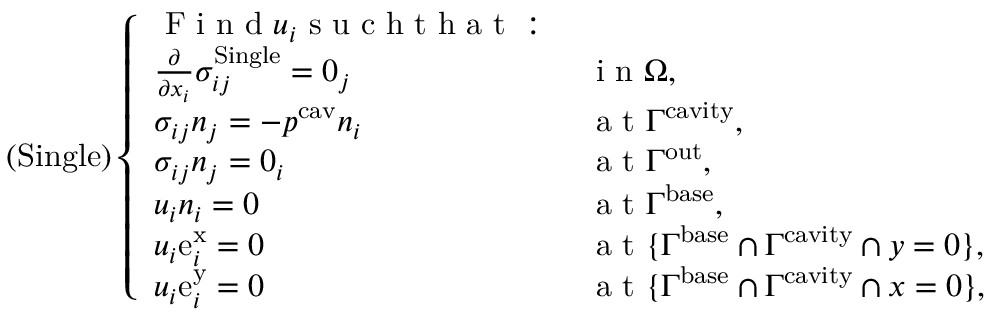
\left( \mathrm { S i n g l e } \right) \left\{ \begin{array} { l l } { \mathrm { ~ F ~ i ~ n ~ d ~ } u _ { i } \mathrm { ~ s ~ u ~ c ~ h ~ t ~ h ~ a ~ t ~ : ~ } } & { } \\ { \frac { \partial } { \partial x _ { i } } \sigma _ { i j } ^ { \mathrm { S i n g l e } } = 0 _ { j } } & { \mathrm { ~ i ~ n ~ } \Omega , } \\ { \sigma _ { i j } n _ { j } = - p ^ { \mathrm { c a v } } n _ { i } } & { \mathrm { ~ a ~ t ~ } \Gamma ^ { \mathrm { c a v i t y } } , } \\ { \sigma _ { i j } n _ { j } = 0 _ { i } } & { \mathrm { ~ a ~ t ~ } \Gamma ^ { \mathrm { o u t } } , } \\ { u _ { i } n _ { i } = 0 } & { \mathrm { ~ a ~ t ~ } \Gamma ^ { \mathrm { b a s e } } , } \\ { u _ { i } \mathrm { e } _ { i } ^ { \mathrm { x } } = 0 } & { \mathrm { ~ a ~ t ~ } \{ \Gamma ^ { \mathrm { b a s e } } \cap \Gamma ^ { \mathrm { c a v i t y } } \cap y = 0 \} , } \\ { u _ { i } \mathrm { e } _ { i } ^ { \mathrm { y } } = 0 } & { \mathrm { ~ a ~ t ~ } \{ \Gamma ^ { \mathrm { b a s e } } \cap \Gamma ^ { \mathrm { c a v i t y } } \cap x = 0 \} , } \end{array} \right.